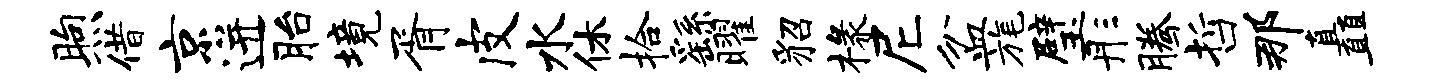
煦借京迸胎境胥皮水休拾繇曜貂椽尼盆旄璧彤腾哲那矗